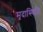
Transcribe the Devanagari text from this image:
मृदास्थिति